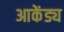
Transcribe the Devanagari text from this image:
आकेंड्य